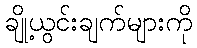
ချို့ယွင်းချက်များကို